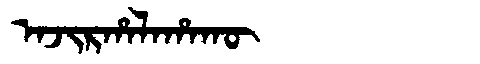
Manchu: ᠠᠵᡳᡵᡥᠠᠯᠠᡥᠠᡴᡡ
Romanization: AJIRHALAHAKŪ